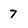
Character: 7